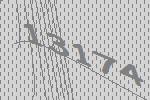
13174